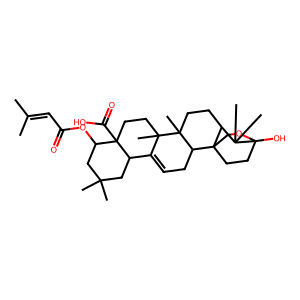
SMILES: CC(C)=CC(=O)OC1CC(C)(C)CC2C3=CCC4C56CCC(O)(OC5)C(C)(C)C6CCC4(C)C3(C)CCC12C(=O)O
Inhibits HIV replication: No